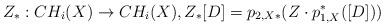
LaTeX: \begin{align*}Z_*:CH_i(X)\to CH_i(X), Z_*[D]=p_{2,X*}(Z\cdot p_{1,X}^*([D]))\end{align*}